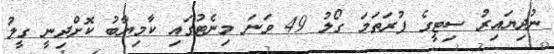
ނުދިޔައިރު ސިޓީގެ ފުރަތަމަ ގޯލު 49 ވަނަ މިނެޓުގައި ކާމިޔާބު ކޮށްދިނީ ގީލު